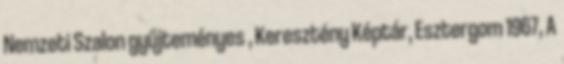
Nemzeti Szalon gyűjteményes , Keresztény Képtár, Esztergom 1967, A